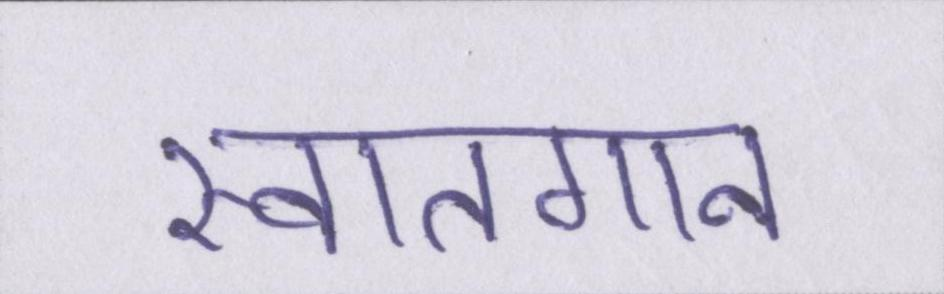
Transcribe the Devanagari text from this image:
स्वातगान